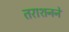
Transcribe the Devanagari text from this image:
तराशनने